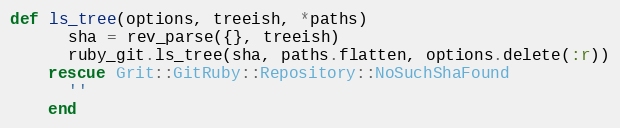
Language: Ruby
def ls_tree(options, treeish, *paths)
      sha = rev_parse({}, treeish)
      ruby_git.ls_tree(sha, paths.flatten, options.delete(:r))
    rescue Grit::GitRuby::Repository::NoSuchShaFound
      ''
    end